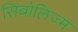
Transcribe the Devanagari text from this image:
सिंबोलिज्म